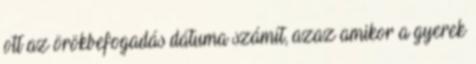
ott az örökbefogadás dátuma számít, azaz amikor a gyerek